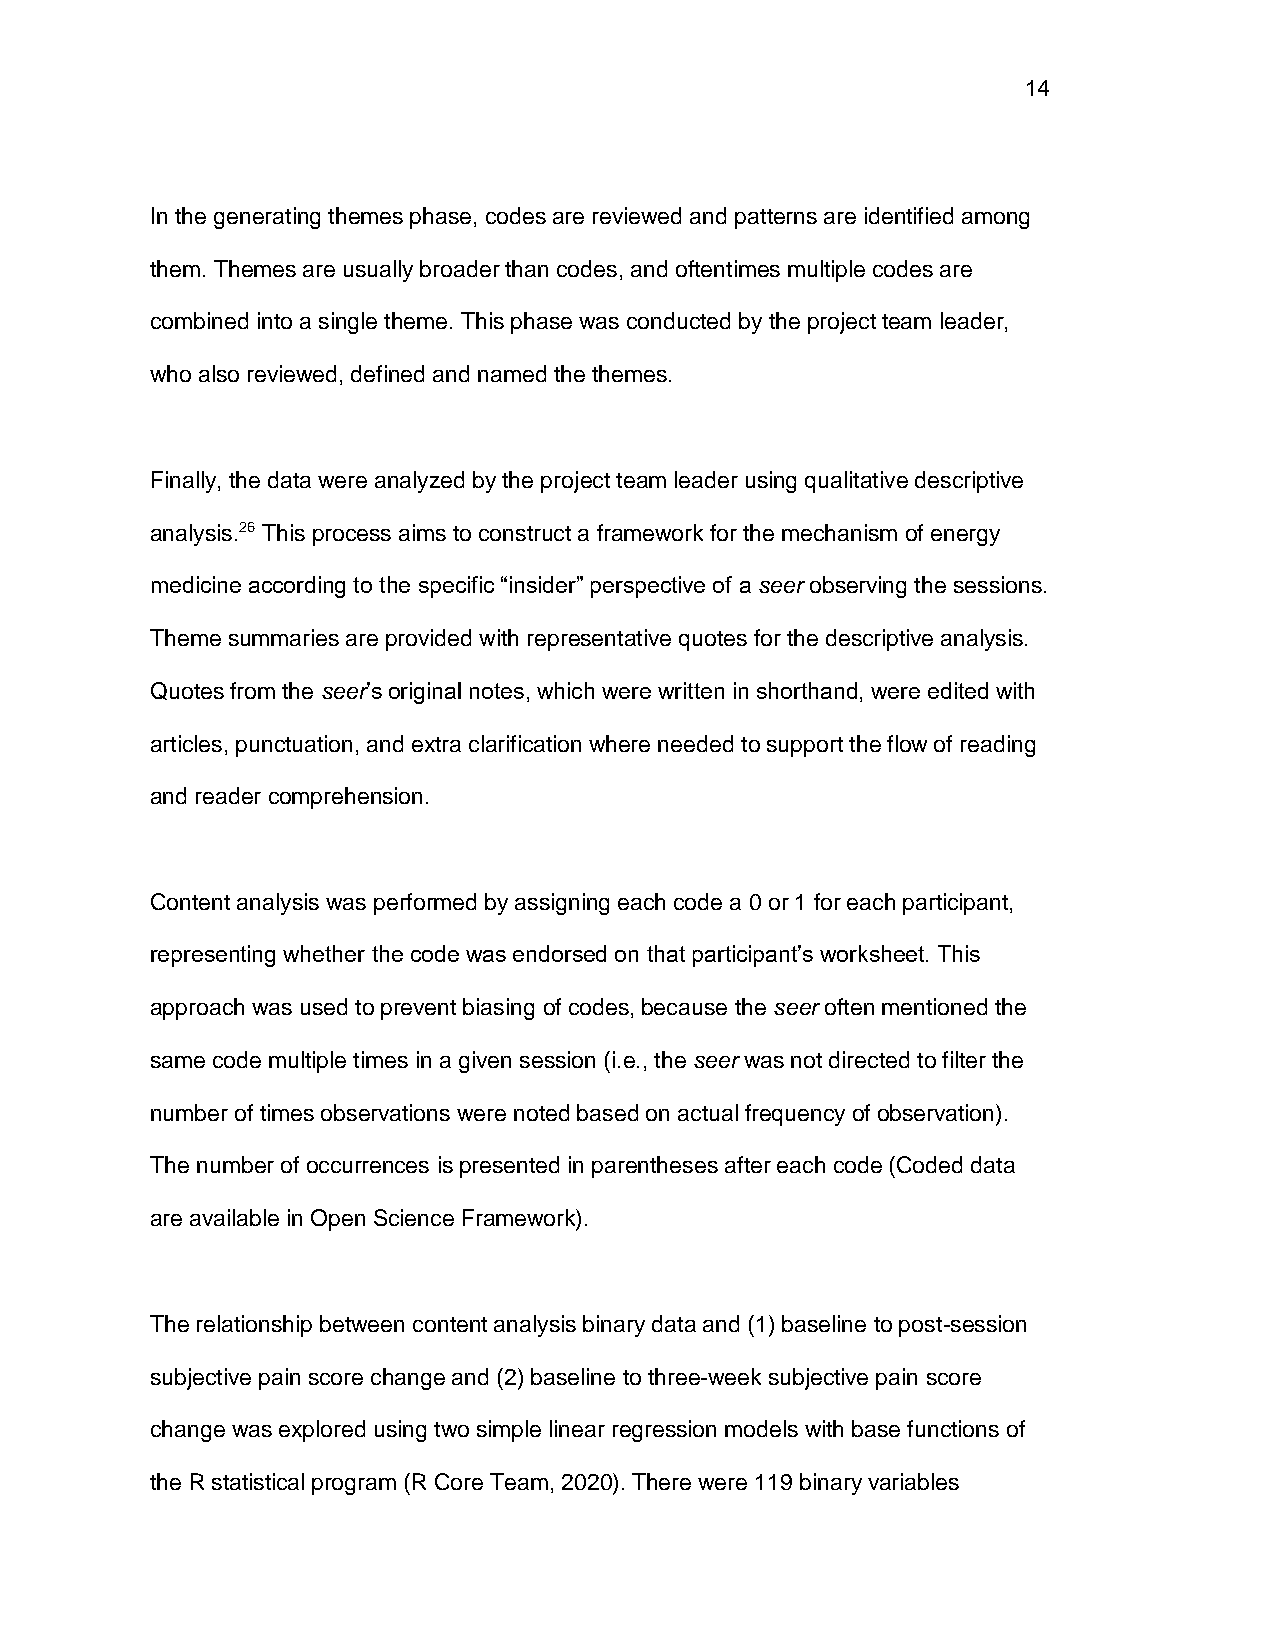
14
 In the generating themes phase, codes are reviewed and patterns are identified among
 them. Themes are usually broader than codes, and oftentimes multiple codes are
 combined into a single theme. This phase was conducted by the project team leader,
 who also reviewed, defined and named the themes.
 Finally, the data were analyzed by the project team leader using qualitative descriptive
 analysis.26 This process aims to construct a framework for the mechanism of energy
 medicine according to the specific “insider” perspective of a seer observing the sessions.
 Theme summaries are provided with representative quotes for the descriptive analysis.
 Quotes from the seer’s original notes, which were written in shorthand, were edited with
 articles, punctuation, and extra clarification where needed to support the flow of reading
 and reader comprehension.
 Content analysis was performed by assigning each code a 0 or 1 for each participant,
 representing whether the code was endorsed on that participant’s worksheet. This
 approach was used to prevent biasing of codes, because the seer often mentioned the
 same code multiple times in a given session (i.e., the seer was not directed to filter the
 number of times observations were noted based on actual frequency of observation).
 The number of occurrences is presented in parentheses after each code (Coded data
 are available in Open Science Framework).
 The relationship between content analysis binary data and (1) baseline to post-session
 subjective pain score change and (2) baseline to three-week subjective pain score
 change was explored using two simple linear regression models with base functions of
 the R statistical program (R Core Team, 2020). There were 119 binary variables